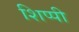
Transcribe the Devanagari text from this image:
शिप्पी